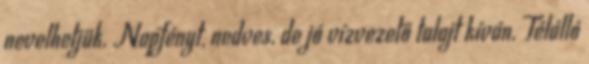
nevelhetjük. Napfényt, nedves, de jó vízvezető talajt kíván. Télálló